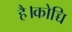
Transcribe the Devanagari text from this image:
है।कोच्चि